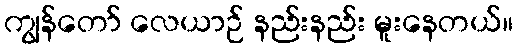
ကျွန်တော် လေယာဉ် နည်းနည်း မူးနေတယ်။